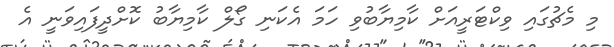
މި މެޗުގައި ވިކްޓަރީއަށް ކާމިޔާބުވި ހަމަ އެކަނި ގޯލް ކާމިޔާބު ކޮށްދީފައިވަނީ އެ